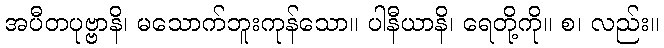
အပီတပုဗ္ဗာနိ၊ မသောက်ဘူးကုန်သော။ ပါနီယာနိ၊ ရေတို့ကို။ စ၊ လည်း။